Sanitation, dispensaries and jails vaccination Rajputana 1922-1927 - 1922-1927
Year: 1922
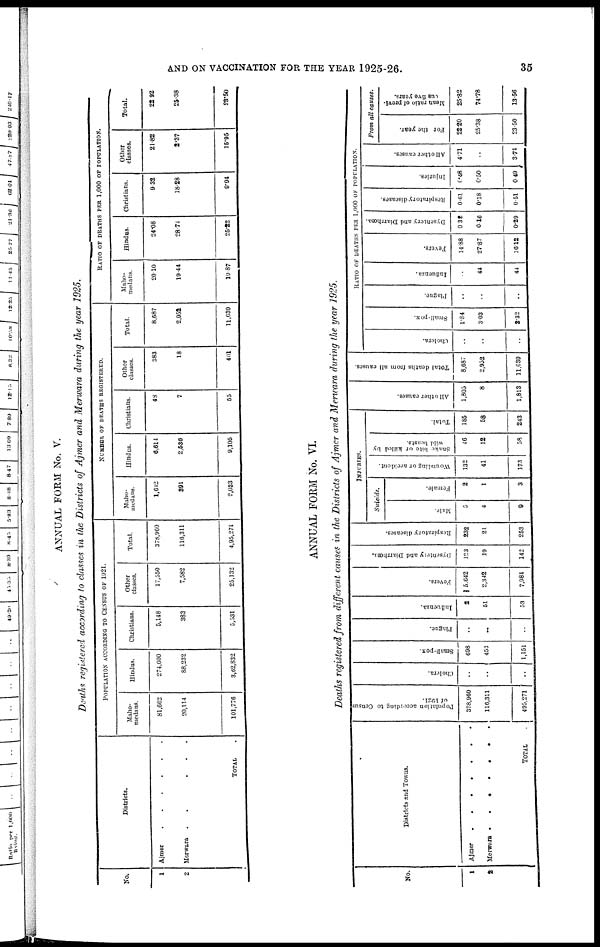
AND ON VACCINATION FOR THE YEAR 1925-26.
35
ANNUAL FORM No. V.
Deaths registered according to classes in the Districts of Ajmer and Merwara during the year 1925.
No.
1
2
Districts.
Ajmer ......
Merwara
......
TOTAL .
POPULATION ACCORDING TO CENSUS OF 1921.
Maho¬
medans.
81,662
20,114
101,776
Hindus.
274,600
88,232
3,62,832
Christians.
5,148
383
5,531
Other
classes.
17,550
7,582
25,132
Total.
378,960
116,311
4,95,271
NUMBER OF DEATHS REGISTERED.
Maho-
medans.
1,612
391
2,033
Hindus.
6,614
2,536
9,105
Christians.
48
7
55
Other
classes.
383
18
401
Total.
8,687
2,052
11,039
RAITO OF DEATHS PER 1,000 OF POPULATION.
Maho¬
medans.
20.10
10.44
19.87
Hindus.
24.08
28.74
25.22
Christians.
9.32
18.28
9.94
Other
classes.
21.82
2.37
15.95
Total.
22.92
25.38
23.50
ANNUAL FORM No. VI.
Deaths registered from different causes in the Districts of Ajmer and Merwara during the year 1925.
No.
1
2
Districts and Towns.
Ajmer .......
Merwara .......
TOTAL
.
Population according to Census
of 1921.
378,960
116,311
495,271
Cholera.
..
..
..
Small-pox.
698
453
1,151
Plague.
..
..
..
Influenza.
2
51
53
Fevers.
5,642
2,342
7,984
Dysentery
and Diarrhœa.
123
19
142
Respiratory diseases.
232
21
253
INJURIES.
Suicide.
Male.
5
4
9
Female.
2
1
3
Wounding or accident.
132
41
173
Snake bite or killed by
wild beasts.
40
12
58
Total.
185
58
243
All other causes.
1,805
8
1,813
Total deaths from all causes.
8,087
2,952
11,639
RATIO OF DEATHS PER 1,000 OF POPULATION.
Cholera.
..
..
..
Small-pox.
1.84
3.03
2.32
Plague.
..
..
..
Influenza.
..
44
44
Fevers.
14.88
27.87
16.12
Dysentery and Diarrhœa.
0.32
0.16
0.29
Respiratory diseases.
0.61
0.18
0.51
Injuries.
0.48
0.50
0.49
All other causes.
4.71
..
3.74
From all causes.
For the year.
22.20
25.38
23.50
Mean ratio of previ¬
ous five years.
25.82
74.78
13.56